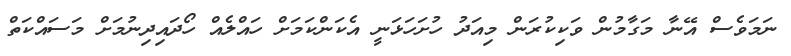
ނަމަވެސް އޭނާ މަގާމުން ވަކިކުރަން މިއަދު ހުށަހަޅަނީ އެކަންކަމަށް ހައްލެއް ހޯދައިދިނުމަށް މަސައްކަތް